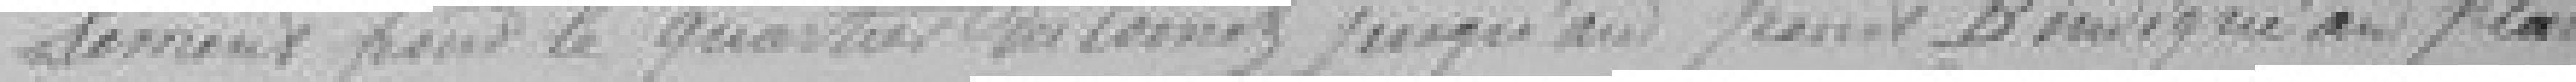
pour le quartier du Coinot jusqu'au point B indiqué au plan.